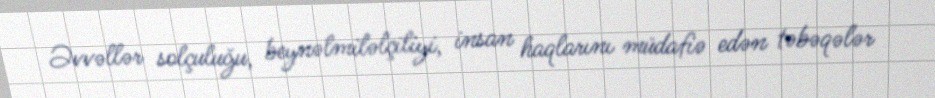
Əvvəllər solçuluğu, beynəlmiləlçiliyi, insan haqlarını müdafiə edən təbəqələr